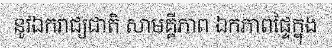
នូវឯករាជ្យជាតិ សាមគ្គីភាព ឯកភាពផ្ទៃក្នុង